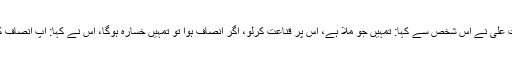
حضرت علی نے اس شخص سے کہا: تمہیں جو ملا ہے، اس پر قناعت کرلو، اگر انصاف ہوا تو تمہیں خسارہ ہوگا، اس نے کہا: آپ انصاف کیجیے!